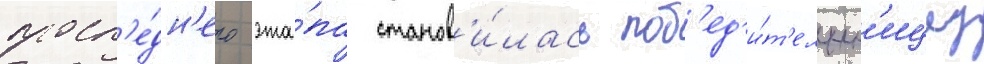
посл'е́дн'его эта́па станов'и́лась поб'ед'и́т'ельн'ицеу